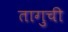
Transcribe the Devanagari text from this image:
तागुची